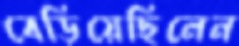
বেড়িয়েছিলেন